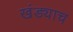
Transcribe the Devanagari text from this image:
खंड्याच